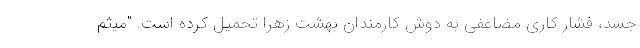
جسد، فشار کاری مضاعفی به دوش کارمندان بهشت زهرا تحمیل کرده است. "میثم